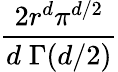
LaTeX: \frac{2r^{d}\pi^{d/2}}{d\; \Gamma(d/2)}